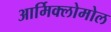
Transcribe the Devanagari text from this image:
आर्मिक्लोमोल